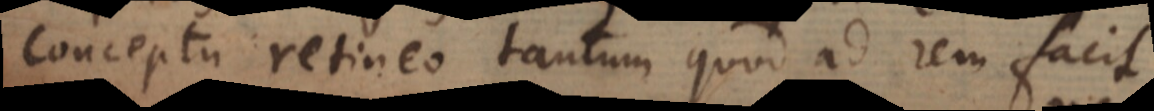
conceptu retineo tantum quod ad rem facit